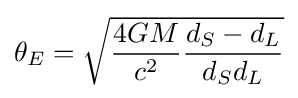
\theta _{E}={\sqrt {{\frac {4GM}{c^{2}}}{\frac {d_{S}-d_{L}}{d_{S}d_{L}}}}}